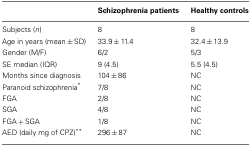
<table><thead><tr><td></td><td><b>Schizophrenia patients</b></td><td><b>Healthy controls</b></td></tr></thead><tbody><tr><td>Subjects (<i>n</i>)</td><td>8</td><td>8</td></tr><tr><td>Age in years (mean ± SD)</td><td>33.9 ± 11.4</td><td>32.4 ± 13.9</td></tr><tr><td>Gender (M/F)</td><td>6/2</td><td>5/3</td></tr><tr><td>SE median (IQR)</td><td>9 (4.5)</td><td>5.5 (4.5)</td></tr><tr><td>Months since diagnosis</td><td>104 ± 86</td><td>NC</td></tr><tr><td>Paranoid schizophrenia<sup>*</sup></td><td>7/8</td><td>NC</td></tr><tr><td>FGA</td><td>2/8</td><td>NC</td></tr><tr><td>SGA</td><td>4/8</td><td>NC</td></tr><tr><td>FGA + SGA</td><td>1/8</td><td>NC</td></tr><tr><td>AED (daily mg of CPZ)<sup>**</sup></td><td>296 ± 87</td><td>NC</td></tr></tbody></table>